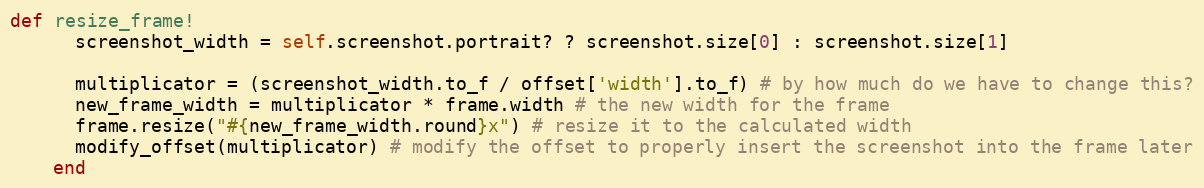
Language: Ruby
def resize_frame!
      screenshot_width = self.screenshot.portrait? ? screenshot.size[0] : screenshot.size[1]

      multiplicator = (screenshot_width.to_f / offset['width'].to_f) # by how much do we have to change this?
      new_frame_width = multiplicator * frame.width # the new width for the frame
      frame.resize("#{new_frame_width.round}x") # resize it to the calculated width
      modify_offset(multiplicator) # modify the offset to properly insert the screenshot into the frame later
    end